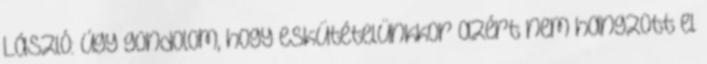
László: Úgy gondolom, hogy eskütételünkkor azért nem hangzott el